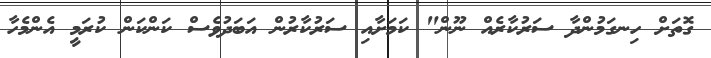
ގޮތަށް ހިނގަމުންދާ ސަރުކާރެއް ނޫން" ކަމަށާއި ސަރުކާރުން އަބަދުވެސް ކަންކަން ކުރަމީ އެންމެހާ